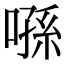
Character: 𠹀